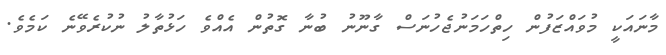
މާނައަކީ މުވައްޒަފުން ހިތްހަމަނުޖެހުނަސް ގާނޫނު ބުނާ ގޮތުން އެއްވެ ހަޅުތާލު ނުކުރެވޭނެ ކަމެވެ.